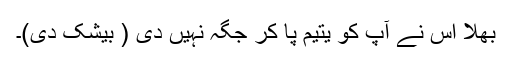
بھلا اس نے آپ کو یتیم پا کر جگہ نہیں دی ( بیشک دی)۔